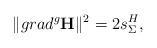
LaTeX: \begin{align*}\|grad^g \textbf{H}\|^2=2s^H_\Sigma,\end{align*}